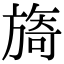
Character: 旖